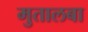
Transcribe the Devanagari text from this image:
मुतालबा